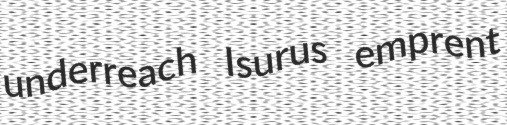
underreach Isurus emprent